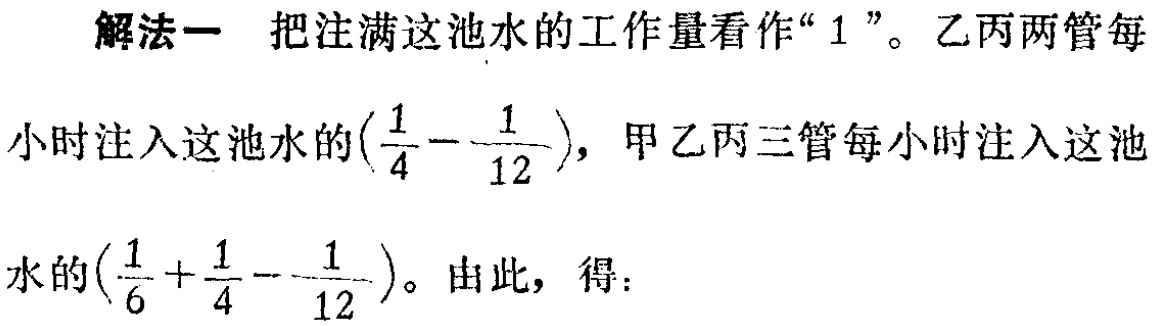
解法一 把注满这池水的工作量看作“$1$”。乙丙两管每
小时注入这池水的$(\frac{1}{4}-\frac{1}{12})$，甲乙丙三管每小时注入这池
水的$(\frac{1}{6}+\frac{1}{4}-\frac{1}{12})$。由此，得：